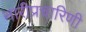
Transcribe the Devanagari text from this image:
नारीप्रचारिणी